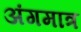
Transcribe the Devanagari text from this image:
अंगमात्र